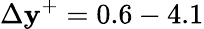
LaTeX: \Delta\mathbf{y}^{+}=0.6-4.1